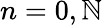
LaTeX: n=0,\mathbb{N}